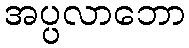
အပ္ပလာဘော